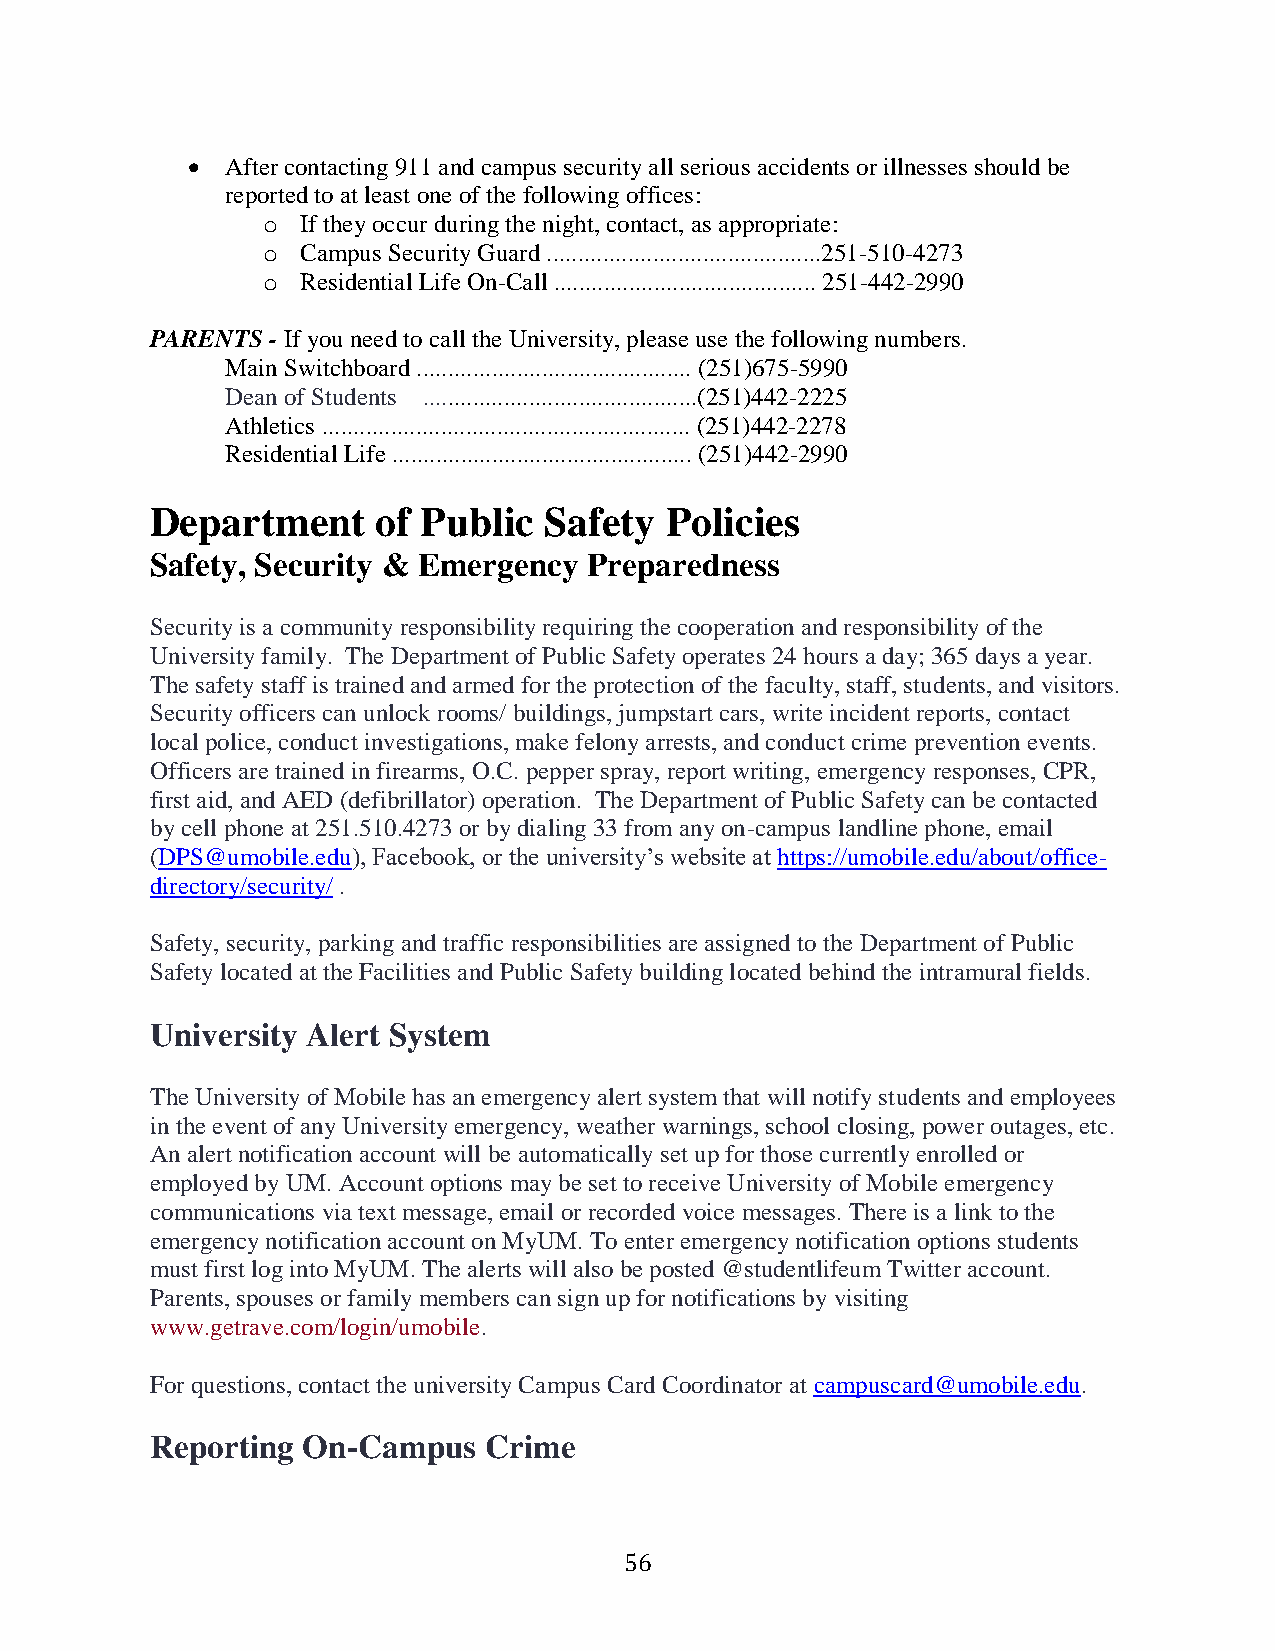
  After contacting 911 and campus security all serious accidents or illnesses should be
 reported to at least one of the following offices:
 o  If they occur during the night, contact, as appropriate:
 o  Campus Security Guard ............................................251-510-4273
 o  Residential Life On-Call .......................................... 251-442-2990
 PARENTS - If you need to call the University, please use the following numbers.
 Main Switchboard ............................................ (251)675-5990
 Dean of Students ............................................(251)442-2225
 Athletics ........................................................... (251)442-2278
 Residential Life ................................................ (251)442-2990
 Department     of Public  Safety  Policies
 Safety, Security & Emergency Preparedness
 Security is a community responsibility requiring the cooperation and responsibility of the
 University family. The Department of Public Safety operates 24 hours a day; 365 days a year.
 The safety staff is trained and armed for the protection of the faculty, staff, students, and visitors.
 Security officers can unlock rooms/ buildings, jumpstart cars, write incident reports, contact
 local police, conduct investigations, make felony arrests, and conduct crime prevention events.
 Officers are trained in firearms, O.C. pepper spray, report writing, emergency responses, CPR,
 first aid, and AED (defibrillator) operation. The Department of Public Safety can be contacted
 by cell phone at 251.510.4273 or by dialing 33 from any on-campus landline phone, email
 (DPS@umobile.edu), Facebook, or the university’s website at https://umobile.edu/about/office-
 directory/security/ .
 Safety, security, parking and traffic responsibilities are assigned to the Department of Public
 Safety located at the Facilities and Public Safety building located behind the intramural fields.
 University Alert System
 The University of Mobile has an emergency alert system that will notify students and employees
 in the event of any University emergency, weather warnings, school closing, power outages, etc.
 An alert notification account will be automatically set up for those currently enrolled or
 employed by UM. Account options may be set to receive University of Mobile emergency
 communications via text message, email or recorded voice messages. There is a link to the
 emergency notification account on MyUM. To enter emergency notification options students
 must first log into MyUM. The alerts will also be posted @studentlifeum Twitter account.
 Parents, spouses or family members can sign up for notifications by visiting
 www.getrave.com/login/umobile.
 For questions, contact the university Campus Card Coordinator at campuscard@umobile.edu.
 Reporting On-Campus   Crime
 56